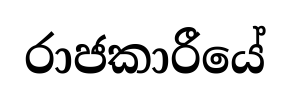
රාජකාරීයේ